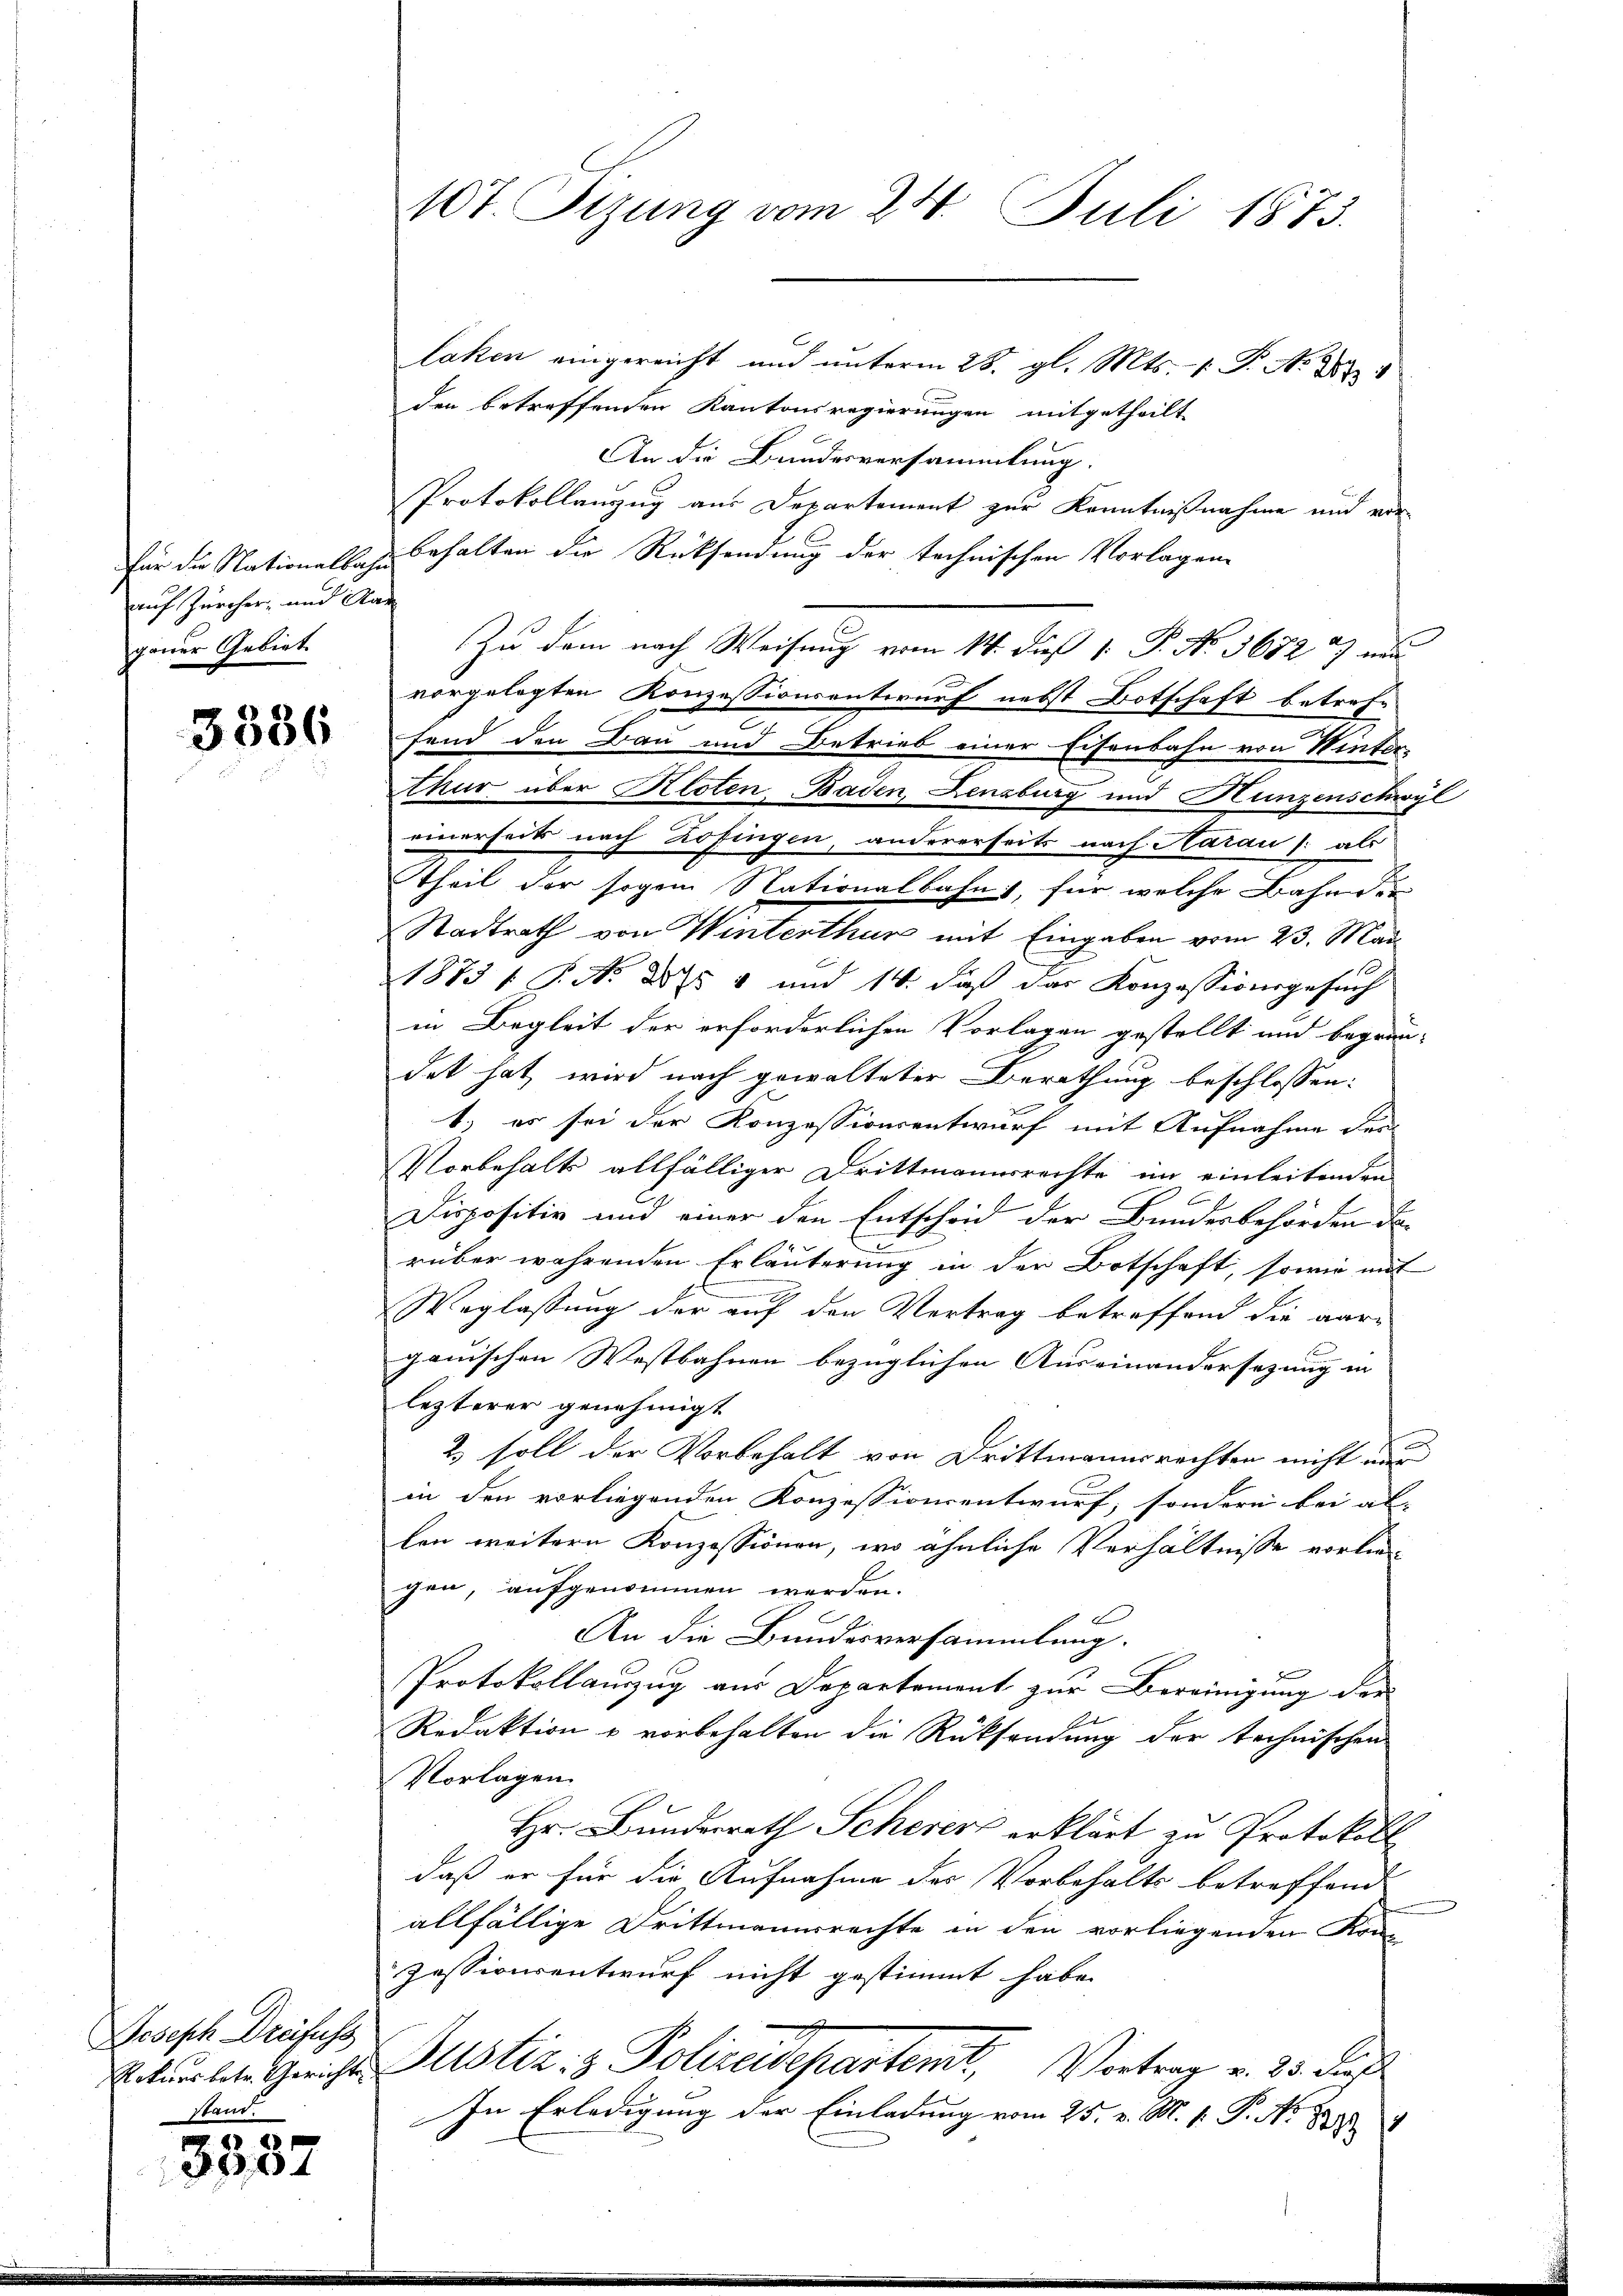
auf Zürcher, und Rau
ganer Gebiet.

3336

Joseph Dreifuss
Rekurs betr. Gerichte
Stand.

3357

10t. Fizung vom 24. Juli 1873.

laken eingereicht und unterm 28. gl. Mts. - P. P. No. 289
den betreffenden Kantonsregierungen mitgetheilt
An die Bundesversammlung.
Protokollanzug aus Departement zur Kenntnißnahme und vor-
für die Nationallage behalten die Rücksendung der technischen Vorlagene
Zu dem nach Weisung vom 14. dieß 1. P. No 3672 & nu
vorgelegten Konzessionsantwurf nebst Botschaft betrafe
fend den Bau und Betrieb einer Eisenbahn von Winter
thur über Kloten Baden, Lenzburg und Hunzenschwyl
einerseits nach Zofingen, andererseits nach Aarau (: als
Theil der sogen Nationalbahns, für welche Bahnder
Stadtrath von Winterthur mit Eingaben vom 23. Mai
1873 s P. N. 854 und 14. daß das Konzessionsgesuch
in Begleit der erforderlichen Vorlagen gestellt und begrün-
det hat wird nach gewalteter Berathung beschlossen:
1.) es sei der Konzessionsentwurf mit Aufnahme des
Vorbehalts allfälliger Drittmannsrechte im einleitenden
Dispositiv und einer den Entscheid der Bundesbehörden der
rüber währenden Erläuterung in der Botschaft, sowie mit
Weglassung der auf den Vertrag betreffend die aargauischen Westbahnen bezüglichen Auseinandersezung in
lezterer genehmigt
2) soll der Vorbehalt von Drittmannsrechten nicht mir
in den vorliegenden Konzessionsentwurf, sondern bei ab- |
len weitern Konzessionen, wo ähnliche Verhältnisse vorlie-
gen, aufgenommen werden.
An die Bundesversammlung.
Protokollauszug aus Departement zur Bereinigung der
Redaktion u vorbehalten die Rücksendung der technischen
Vorlagen
Hr. Bundesrath Scherer erklärt zu Protokoll
daß er für die Aufnahme des Vorbehalts betreffend
allfällige Drittmannsrechte in den vorliegenden Kon
zessionsentwurf nicht gestimmt habe.
Justiz & Polizeidepartemt, Vortrag v. 23. Fe
In Erledigung der Einladung vom 25. v. M. v. P. No 887. 9